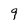
Character: 9